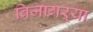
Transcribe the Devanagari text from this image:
बिजागऱ्या